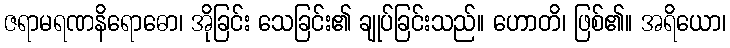
ဇရာမရဏနိရောဓော၊ အိုခြင်း သေခြင်း၏ ချုပ်ခြင်းသည်။ ဟောတိ၊ ဖြစ်၏။ အရိယော၊